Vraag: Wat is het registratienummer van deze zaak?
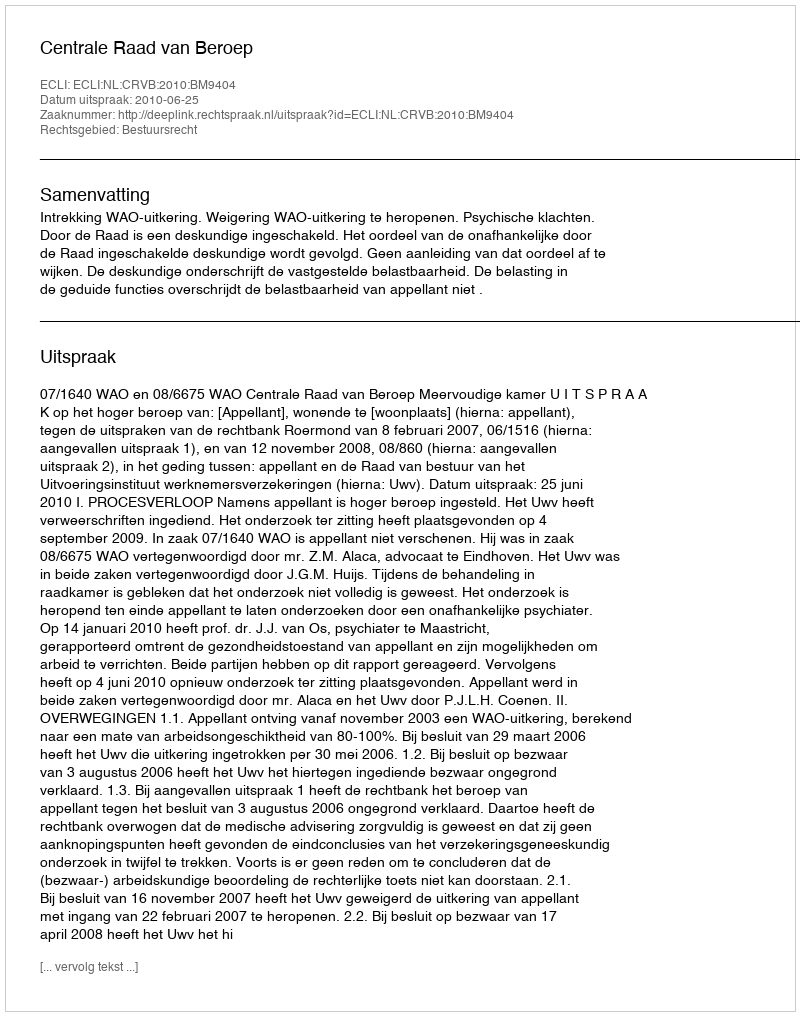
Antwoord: http://deeplink.rechtspraak.nl/uitspraak?id=ECLI:NL:CRVB:2010:BM9404